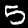
Label: 5